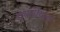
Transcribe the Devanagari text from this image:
दयनीयता